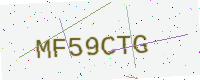
Text: MF59CTG